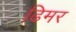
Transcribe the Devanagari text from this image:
ढिमर